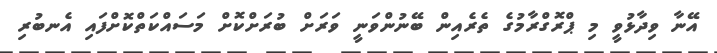
އޭނާ ވިދާޅުވީ މި ޕްރޮގްރާމުގެ ތެރެއިން ބޭނުންވަނީ ވަރަށް ބުރަށްކޮށް މަސައްކަތްކޮށްފައި އެނބުރި